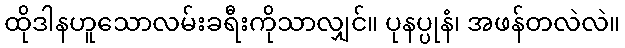
ထိုဒါနဟူသောလမ်းခရီးကိုသာလျှင်။ ပုနပ္ပုနံ၊ အဖန်တလဲလဲ။